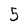
Character: 5